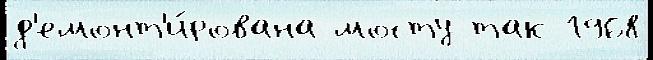
д'емонт'и́рована мосту так 1968